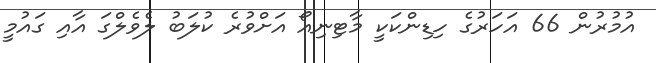
އުމުރުން 66 އަހަރުގެ ހިޑިންކަކީ މާޓިނިއޯ އަށްވުރެ ކުލަބު ލެވެލްގަ އާއި ގައުމީ